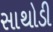
સાથોડી